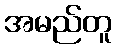
အမည်တူ